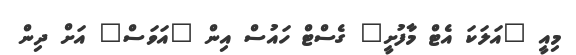
މިއީ "އަލަކަ އެޓް މާފުށީ" ގެސްޓް ހައުސް އިން "އަވަސް" އަށް ދިން